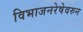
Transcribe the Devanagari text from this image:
विभाजनरेषेवरुन